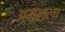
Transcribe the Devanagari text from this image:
अमूलला